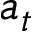
a _ { t }